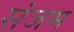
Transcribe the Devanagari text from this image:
संजम